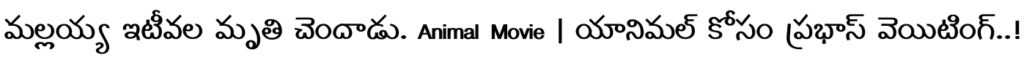
మల్లయ్య ఇటీవల మృతి చెందాడు. Animal Movie | యానిమల్ కోసం ప్రభాస్ వెయిటింగ్..!